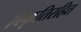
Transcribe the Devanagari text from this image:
विकृतिरहित